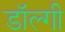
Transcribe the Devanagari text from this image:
डॉल्गी